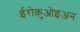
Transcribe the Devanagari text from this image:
ईरोक़ुओइअन